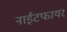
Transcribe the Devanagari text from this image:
नाईटफायर